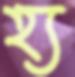
হ্য